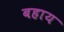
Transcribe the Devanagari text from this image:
बहाय